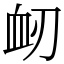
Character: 衂